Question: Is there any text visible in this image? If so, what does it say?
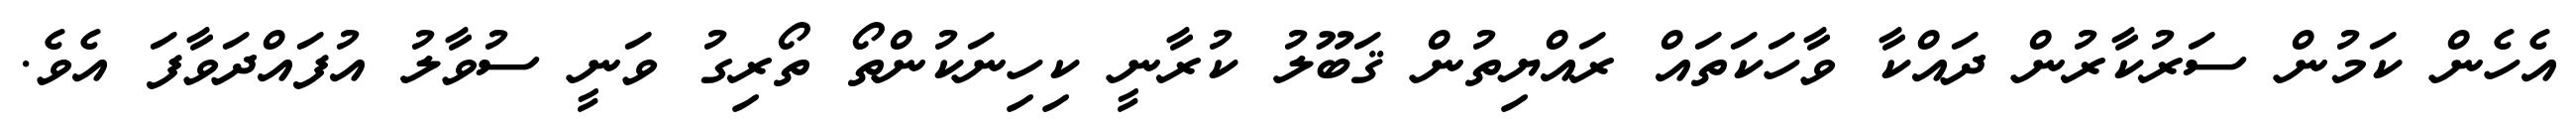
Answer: އެހެން ކަމުން ސަރުކާރުން ދައްކާ ވާހަކަތައް ރައްޔިތުން ޤަބޫލު ކުރާނީ ކިހިނަކުންތޯ ތޯރިގު ވަނީ ސުވާލު އުފައްދަވާފަ އެވެ.